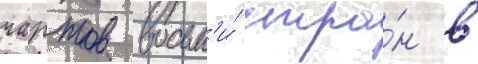
чартов восьм'и́ стра́н в